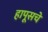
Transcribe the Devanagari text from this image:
हापूसचे